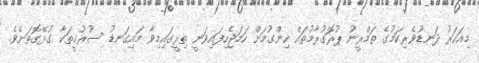
މިއަހަރު ދަނޑުވެރިކަމުގެ ތަމްރީނު ޕުރޮގުރާމުތައް ހިންގުމަށް ހަމަޖެހިފައިވަނީ ތިރީގައިމިވާ މައިގަނޑު ސުރުޚީތަކާ ގުޅޭގޮތަށެވެ.